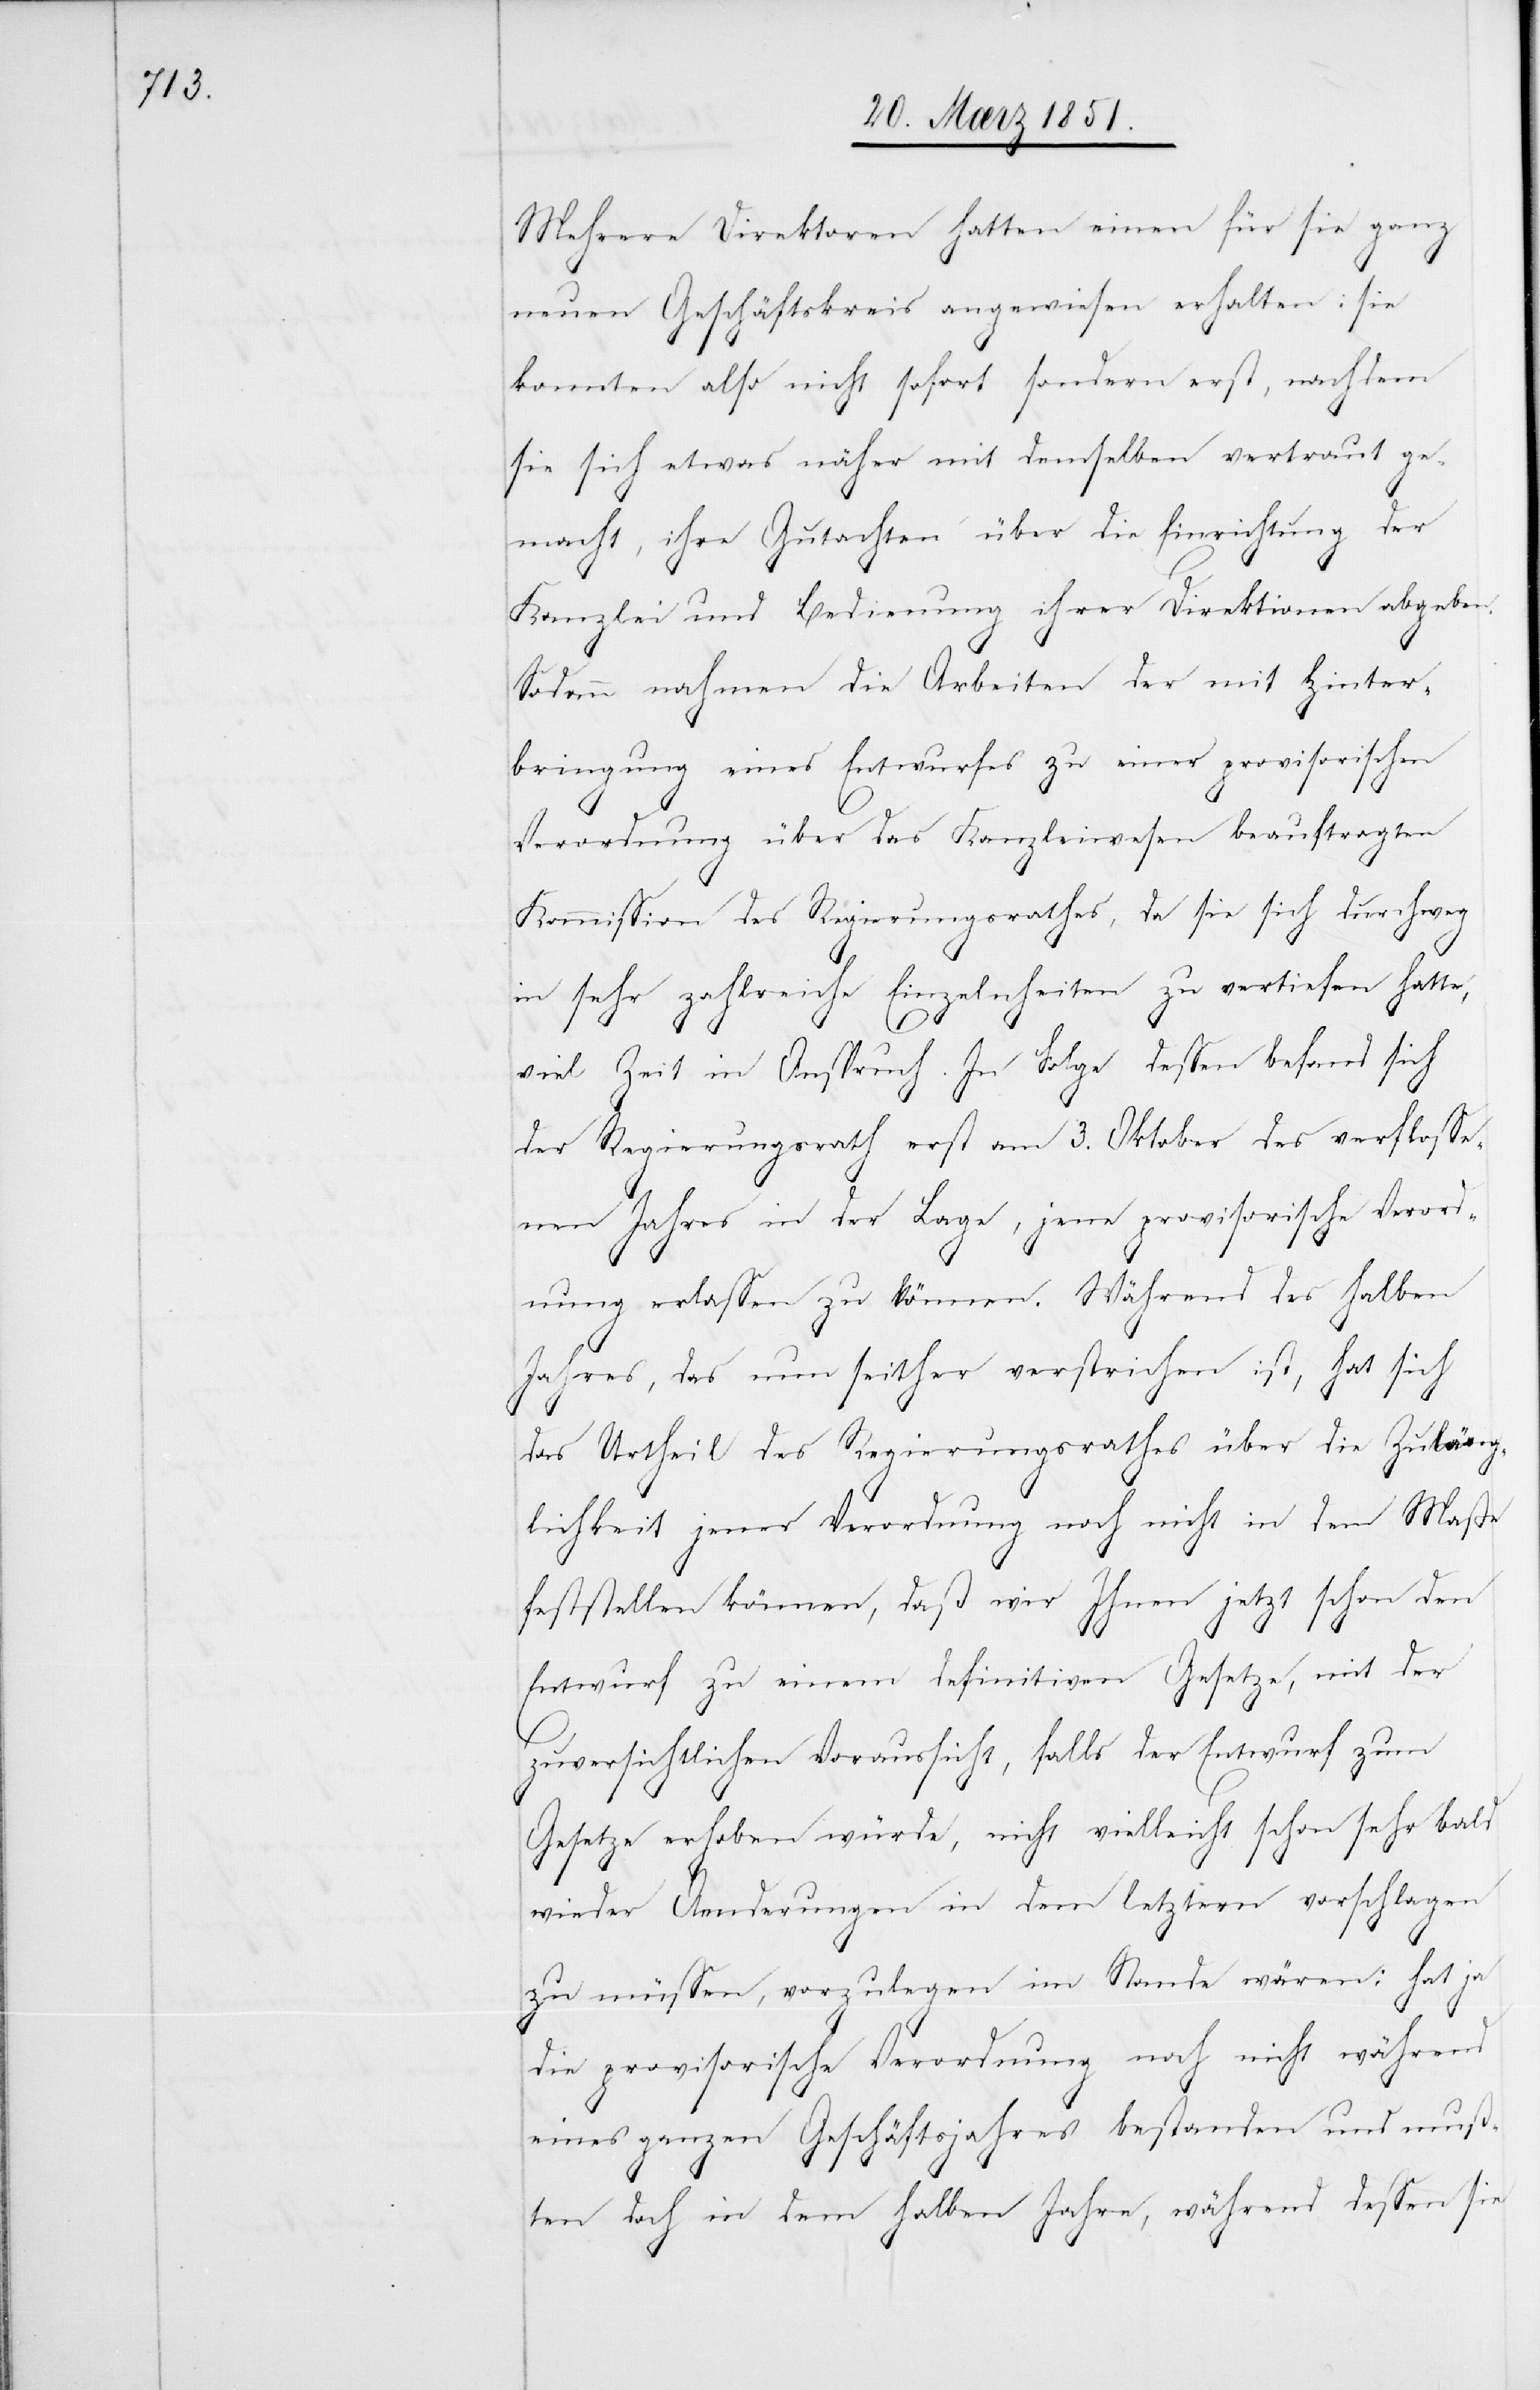
Mehrere Direktoren hatten einen für sie ganz
neuen Geschäftskreis angewiesen erhalten: sie
konnten also nicht sofort sondern erst, nachdem
sie sich etwas näher mit demselben vertraut ge¬
macht, ihre Gutachten über die Einrichtung der
Kanzlei und Bedienung ihrer Direktionen abgeben.
Sodann nahmen die Arbeiten der mit Hinter¬
bringung eines Entwurfes zu einer provisorischen
Verordnung über das Kanzleiwesen beauftragten
Kommission des Regierungsrathes, da sie sich durchweg
in sehr zahlreiche Einzelnheiten zu vertiefen hatte,
viel Zeit in Anspruch. In Folge dessen befand sich
der Regierungsrath erst am 3. Oktober des verflosse¬
nen Jahres in der Lage, jene provisorische Verord¬
nung erlassen zu können. Während des halben
Jahres, das nun seither verstrichen ist, hat sich
das Urtheil des Regierungsrathes über die Zuläng¬
lichkeit jener Verordnung noch nicht in dem Maße
feststellen können, daß wir Ihnen jetzt schon den
Entwurf zu einem definitiven Gesetze, mit der
zuversichtlichen Voraussicht, falls der Entwurf zum
Gesetze erhoben würde, nicht vielleicht schon sehr bald
wieder Aenderungen in dem letztern vorschlagen
zu müssen, vorzulegen im Stande wären: hat ja
die provisorische Verordnung noch nicht während
eines ganzen Geschäftsjahres bestanden und muß¬
ten doch in dem halben Jahre, während dessen sie